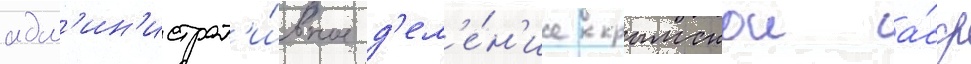
адм'ин'истрат'и́вное д'ел'е́н'ие крымскои а́сср